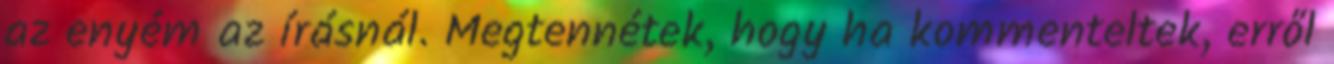
az enyém az írásnál. Megtennétek, hogy ha kommenteltek, erről